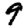
Digit: 9